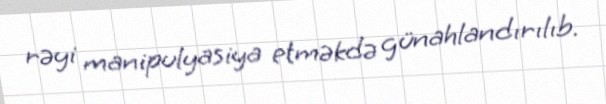
rəyi manipulyasiya etməkdə günahlandırılıb.